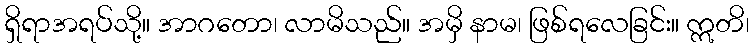
ရှိရာအရပ်သို့။ အာဂတော၊ လာမိသည်။ အမှိ နာမ၊ ဖြစ်ရလေခြင်း။ ဣတိ၊